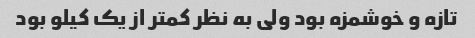
تازه و خوشمزه بود ولی به نظر کمتر از یک کیلو بود